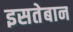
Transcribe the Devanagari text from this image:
इसतेबान